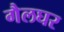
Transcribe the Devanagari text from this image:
गैलघर